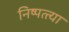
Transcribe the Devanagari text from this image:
निष्पत्त्या